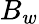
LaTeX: B_{w}